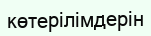
көтерілімдерін